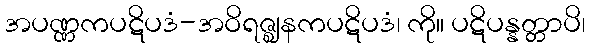
အပဏ္ဏကပဋိပဒံ-အဝိရဇ္ဈနကပဋိပဒံ၊ ကို။ ပဋိပန္နတ္တာပိ၊